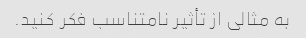
به مثالی از تأثیر نامتناسب فکر کنید.